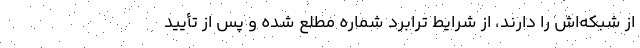
از شبکه‌اش را دارند، از شرایط ترابرد شماره مطلع شده و پس از تأیید